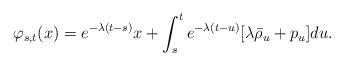
LaTeX: \begin{align*}\varphi_{s, t } (x) = e^{ - \lambda (t-s) } x + \int_s^t e^{ - \lambda (t-u) }[ \lambda \bar \rho_u +p_u] du .\end{align*}